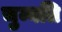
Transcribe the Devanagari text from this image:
चुम्बति